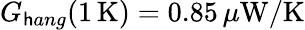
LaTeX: G_{\mathsf{h}ang}(1\, \mathrm{{K}})=0.85\, \mu\mathrm{{W}}/\mathrm{{K}}